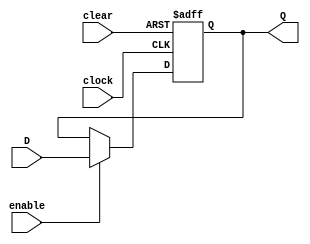
//registrador_n #(N = 5)(

// )
module registrador_n #(parameter N = 4)(
    input        clock ,
    input        clear ,
    input        enable,
    input  [N-1:0] D     ,
    output [N-1:0] Q
);

    reg [N-1:0] IQ;

    always @(posedge clock or posedge clear) begin
        if (clear)
            IQ <= 0;
        else if (enable)
            IQ <= D;
    end

    assign Q = IQ;

endmodule